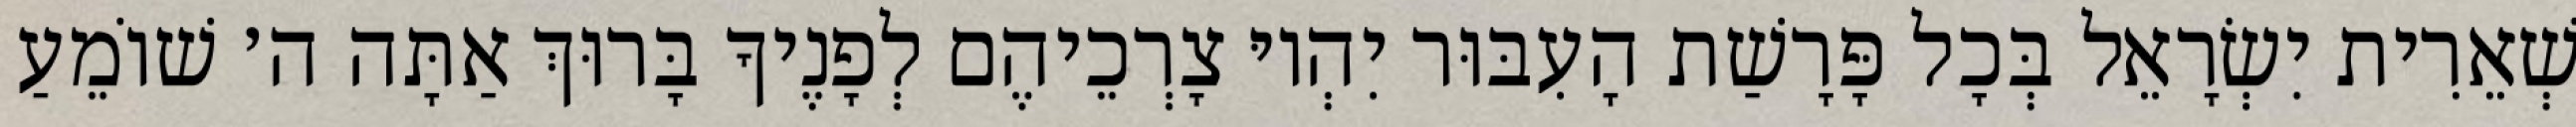
שְׁאֵרִית יִשְׂרָאֵל בְּכָל פָּרָשַׁת הָעִבּוּר יִהְיוּ צָרְכֵיהֶם לְפָנֶיךָ בָּרוּךְ אַתָּה ה׳ שׁוֹמֵעַ